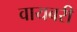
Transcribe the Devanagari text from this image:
वायबरी